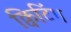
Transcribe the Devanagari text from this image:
क्विटिंग